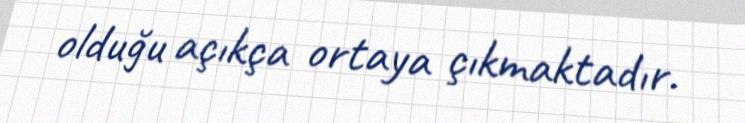
olduğu açıkça ortaya çıkmaktadır.